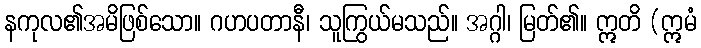
နကုလ၏အမိဖြစ်သော။ ဂဟပတာနီ၊ သူကြွယ်မသည်။ အဂ္ဂါ၊ မြတ်၏။ ဣတိ (ဣမံ